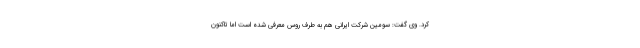
کرد. وی گفت: سومین شرکت ایرانی هم به طرف روس معرفی شده است اما تاکنون